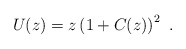
\begin{align*}U(z) = z \left( 1+ C(z)\right)^2~.\end{align*}